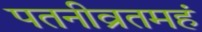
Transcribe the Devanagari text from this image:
पतनीव्रतमहं